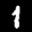
Label: 1